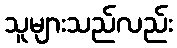
သူများသည်လည်း